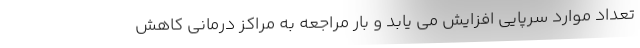
تعداد موارد سرپایی افزایش می یابد و بار مراجعه به مراکز درمانی کاهش